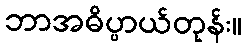
ဘာအဓိပ္ပာယ်တုန်း။